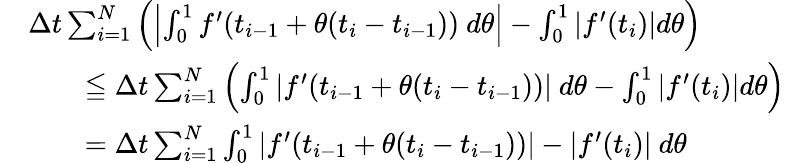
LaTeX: {\begin{array}{rl}&{\Delta t\sum_{i=1}^{N}\left(\left|\int_{0}^{1}f^{\prime}(t_{i-1}+\theta(t_{i}-t_{i-1}))\ d\theta\right|-\int_{0}^{1}\left|f^{\prime}(t_{i})\right|d\theta\right)}\\ &{\qquad\leqq\Delta t\sum_{i=1}^{N}\left(\int_{0}^{1}\left|f^{\prime}(t_{i-1}+\theta(t_{i}-t_{i-1}))\right|\ d\theta-\int_{0}^{1}\left|f^{\prime}(t_{i})\right|d\theta\right)}\\ &{\qquad=\Delta t\sum_{i=1}^{N}\int_{0}^{1}\left|f^{\prime}(t_{i-1}+\theta(t_{i}-t_{i-1}))\right|-\left|f^{\prime}(t_{i})\right|\ d\theta}\end{array}}